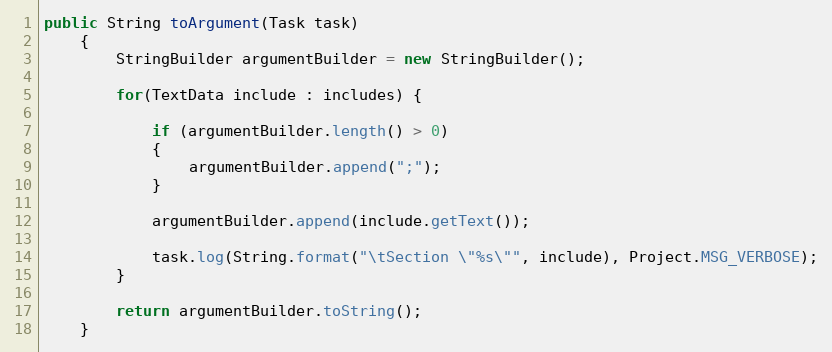
Language: Java
public String toArgument(Task task)
	{
		StringBuilder argumentBuilder = new StringBuilder();

		for(TextData include : includes) {

			if (argumentBuilder.length() > 0)
            {
				argumentBuilder.append(";");
			}

			argumentBuilder.append(include.getText());

			task.log(String.format("\tSection \"%s\"", include), Project.MSG_VERBOSE);
        }

		return argumentBuilder.toString();
	}